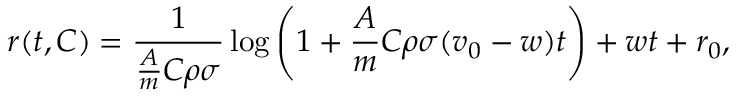
r ( t , C ) = \frac { 1 } { \frac { A } { m } C \rho \sigma } \log \left( 1 + \frac { A } { m } C \rho \sigma ( v _ { 0 } - w ) t \right) + w t + r _ { 0 } ,